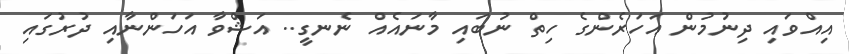
އިއްވައި ދިނުމުން އަހަރެންގެ ހިތް ނުބައި މާނައެއް ނެނގީ.. އަޝްވާ އަހަންނާއި ދުރުގައި